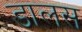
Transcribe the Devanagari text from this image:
डालस